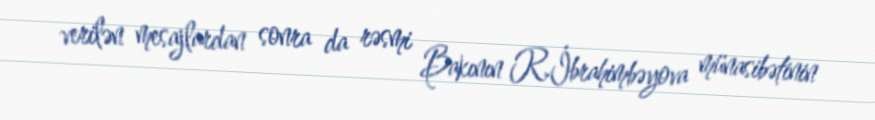
verilən mesajlardan sonra da rəsmi Bakının R.İbrahimbəyova münasibətinin